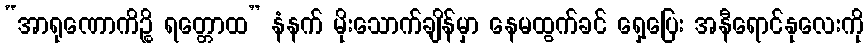
“အာရုဏောကိဉ္စိ ရတ္တောထ” နံနက် မိုးသောက်ချိန်မှာ နေမထွက်ခင် ရှေ့ပြေး အနီရောင်နုလေးကို